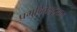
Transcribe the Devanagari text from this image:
प्रमुदितहृदयन्